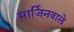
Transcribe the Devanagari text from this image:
मार्जिनवाले